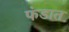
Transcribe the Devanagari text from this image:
फंडात